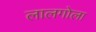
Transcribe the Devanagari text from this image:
लालगोला